Civil Veterinary Department. Madras. Admin. report 1926-33 - 1926-1933
Year: 1926
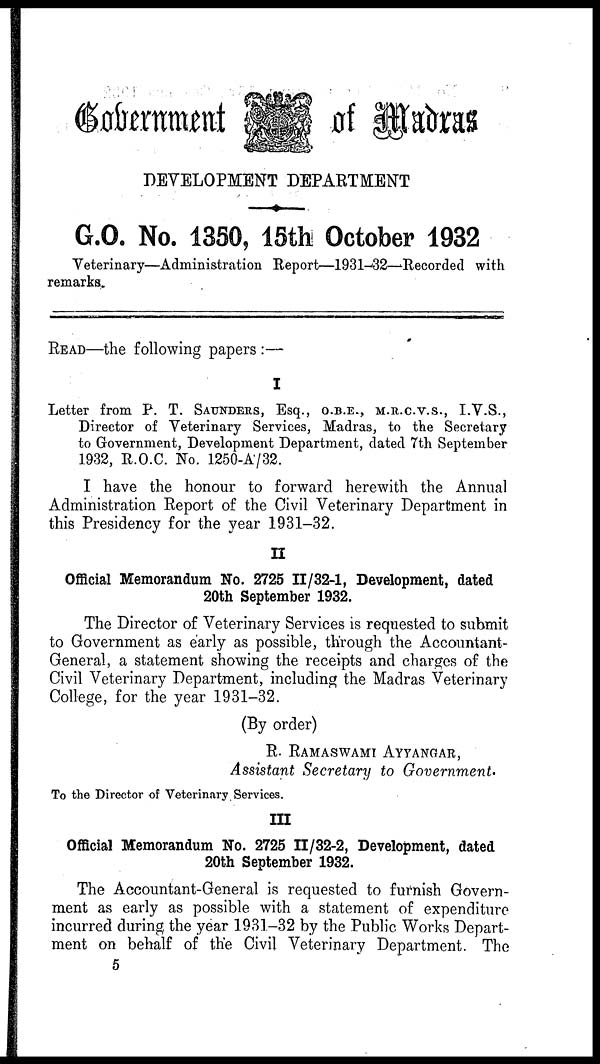
Government of Madras
DEVELOPMENT DEPARTMENT
G.O. No. 1350, 15th October 1932
Veterinary—Administration Report—1931-82—Recorded with
remarks.
READ—the following papers :—
I
Letter from P. T. SAUNDERS, Esq., O.B.E., M.R.C.V.S., I.V.S.,
Director of Veterinary Services, Madras, to the Secretary
to Government, Development Department, dated 7th September
1932, R.O.C. No. 1250-A/32.
I have the honour to forward herewith the Annual
Administration Report of the Civil Veterinary Department in
this Presidency for the year 1931-32.
II
Official Memorandum No. 2725 II/32-1, Development, dated
20th September 1932.
The Director of Veterinary Services is requested to submit
to Government as early as possible, through the Accountant-
General, a statement showing the receipts and charges of the
Civil Veterinary Department, including the Madras Veterinary
College, for the year 1931-32.
(By order)
R. RAMASWAMI AYYANGAR,
Assistant Secretary to Government.
To the Director of Veterinary Services.
III
Official Memorandum No. 2725 II/32-2, Development, dated
20th September 1932.
The Accountant-General is requested to furnish Govern-
ment as early as possible with a statement of expenditure
incurred during, the year 1931-32 by the Public Works Depart-
ment on behalf of the Civil Veterinary Department. The
5